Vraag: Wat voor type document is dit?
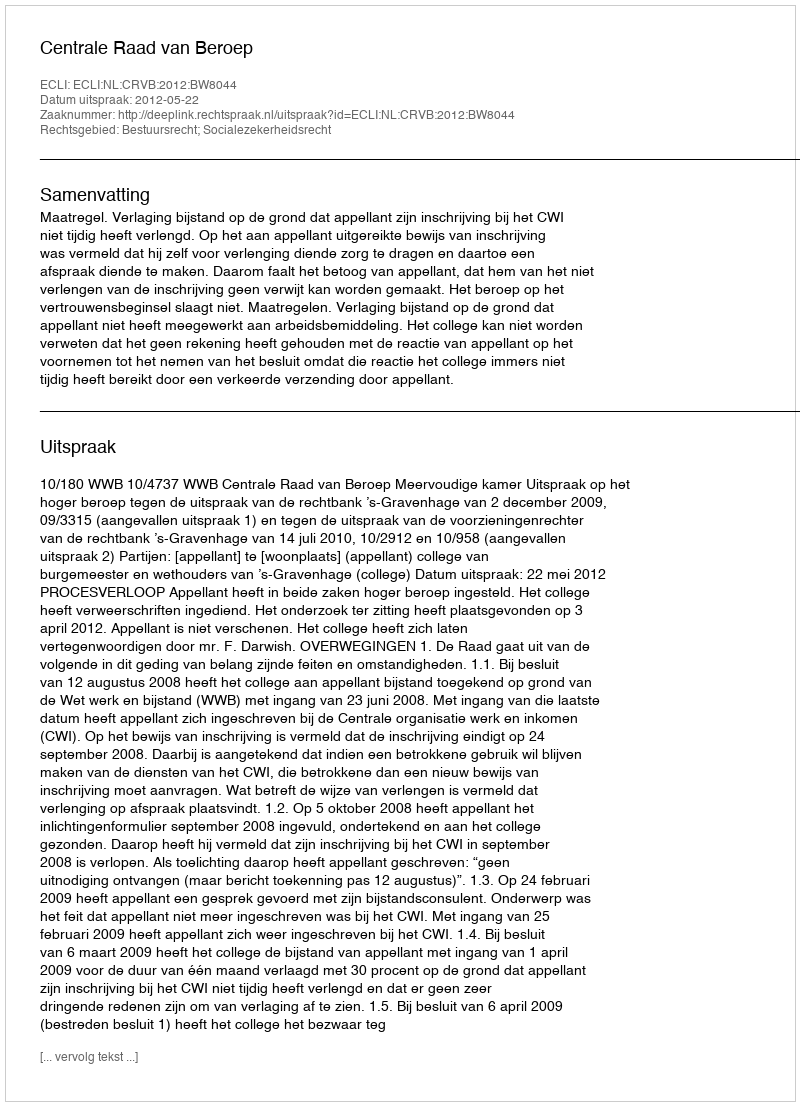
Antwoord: Uitspraak